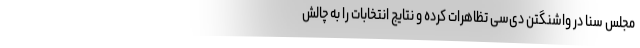
مجلس سنا در واشنگتن دی‌سی تظاهرات کرده و نتایج انتخابات را به چالش